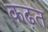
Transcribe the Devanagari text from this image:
कढ़त